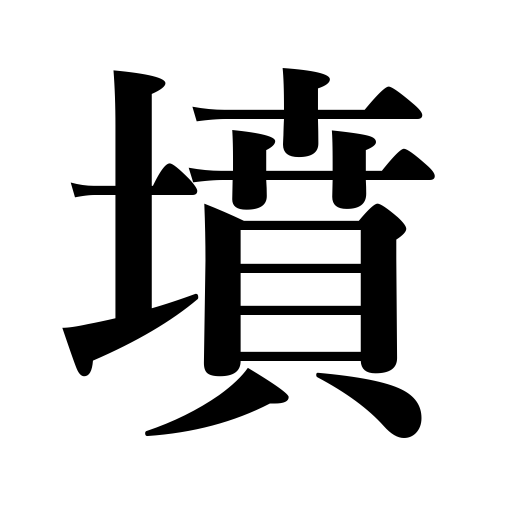
Meanings: tomb,mound